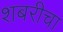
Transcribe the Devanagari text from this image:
शबरीचा